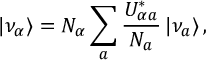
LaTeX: | \nu _ { \alpha } \rangle = N _ { \alpha } \sum _ { a } \frac { U _ { { \alpha } a } ^ { * } } { N _ { a } } \, | \nu _ { a } \rangle \, ,